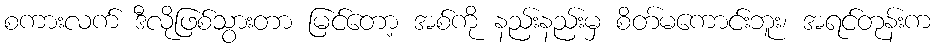
စကားလက် ဒီလိုဖြစ်သွားတာ မြင်တော့ အစ်ကို နည်းနည်းမှ စိတ်မကောင်းဘူး၊ အရင်တုန်းက